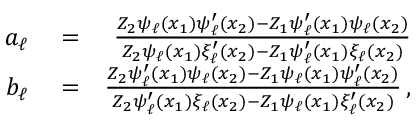
\begin{array} { r l r } { a _ { \ell } } & { { } = } & { \frac { Z _ { 2 } \psi _ { \ell } ( x _ { 1 } ) \psi _ { \ell } ^ { \prime } ( x _ { 2 } ) - Z _ { 1 } \psi _ { \ell } ^ { \prime } ( x _ { 1 } ) \psi _ { \ell } ( x _ { 2 } ) } { Z _ { 2 } \psi _ { \ell } ( x _ { 1 } ) \xi _ { \ell } ^ { \prime } ( x _ { 2 } ) - Z _ { 1 } \psi _ { \ell } ^ { \prime } ( x _ { 1 } ) \xi _ { \ell } ( x _ { 2 } ) } } \\ { b _ { \ell } } & { { } = } & { \frac { Z _ { 2 } \psi _ { \ell } ^ { \prime } ( x _ { 1 } ) \psi _ { \ell } ( x _ { 2 } ) - Z _ { 1 } \psi _ { \ell } ( x _ { 1 } ) \psi _ { \ell } ^ { \prime } ( x _ { 2 } ) } { Z _ { 2 } \psi _ { \ell } ^ { \prime } ( x _ { 1 } ) \xi _ { \ell } ( x _ { 2 } ) - Z _ { 1 } \psi _ { \ell } ( x _ { 1 } ) \xi _ { \ell } ^ { \prime } ( x _ { 2 } ) } \, , } \end{array}